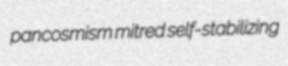
pancosmism mitred self-stabilizing